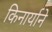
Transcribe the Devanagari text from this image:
किनार्याने